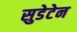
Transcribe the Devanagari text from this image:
सुडेटेन